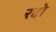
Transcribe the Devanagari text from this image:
रदो